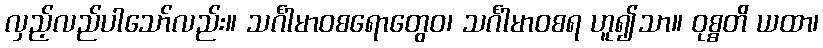
လှည့်လည်ပါသော်လည်း။ သင်္ဂါမာဝစရောတွေဝ၊ သင်္ဂါမာဝစရ ဟူ၍သာ။ ဝုစ္စတိ ယထာ၊